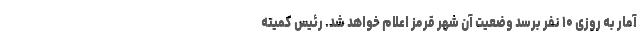
آمار به روزی ۱۰ نفر برسد وضعیت آن شهر قرمز اعلام خواهد شد. رئیس کمیته